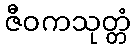
ဇီဝကသုတ္တံ